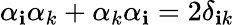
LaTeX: \alpha_{\mathbf{i}}\alpha_{k}+\alpha_{k}\alpha_{\mathbf{i}}=2\delta_{\mathbf{i}k}